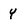
Character: Y